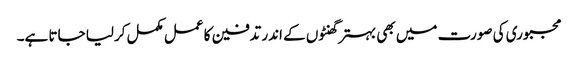
مجبوری کی صورت میں بھی بہتر گھنٹوں کے اندر تدفین کا عمل مکمل کرلیا جاتا ہے۔